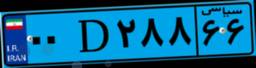
۰۰D۲۸۸۶۶